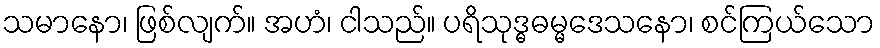
သမာနော၊ ဖြစ်လျက်။ အဟံ၊ ငါသည်။ ပရိသုဒ္ဓဓမ္မဒေသနော၊ စင်ကြယ်သော